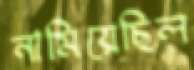
নামিয়েছিল